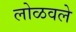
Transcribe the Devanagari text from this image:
लोळवले